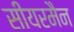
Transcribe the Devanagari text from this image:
सीयरमैन